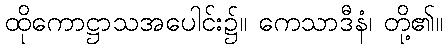
ထိုကောဋ္ဌာသအပေါင်း၌။ ကေသာဒီနံ၊ တို့၏။